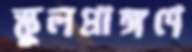
স্কুলপ্রাঙ্গণে